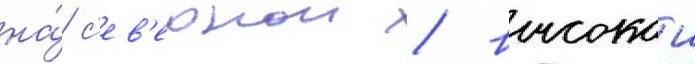
на́ с'ев'ернои / высокои